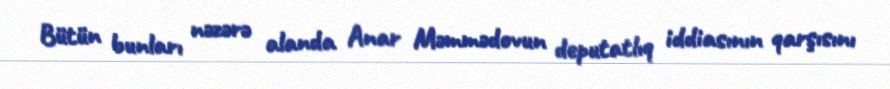
Bütün bunları nəzərə alanda Anar Məmmədovun deputatlıq iddiasının qarşısını